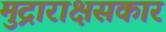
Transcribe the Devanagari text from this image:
मुद्राराक्षसकार